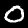
Label: 0